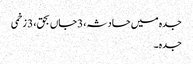
جدہ میں حادثہ، 3جاں بحق، 3 زخمی
جدہ ۔